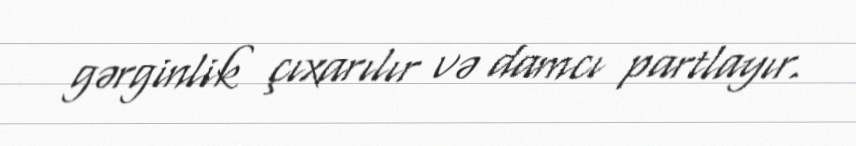
gərginlik çıxarılır və damcı partlayır.